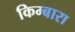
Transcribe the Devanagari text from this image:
किम्बारा